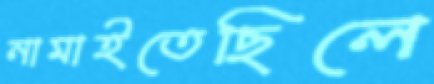
নামাইতেছিলে